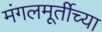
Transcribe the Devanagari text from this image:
मंगलमूर्तीच्या